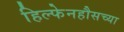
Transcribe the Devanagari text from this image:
हिल्फेनहौसच्या